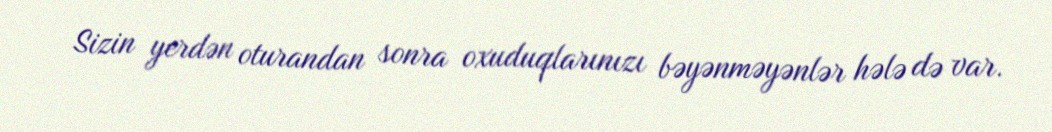
Sizin yerdən oturandan sonra oxuduqlarınızı bəyənməyənlər hələ də var.